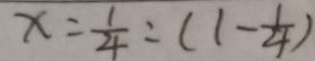
x = \frac { 1 } { 4 } : ( 1 - \frac { 1 } { 4 } )